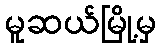
မူဆယ်မြို့မှ